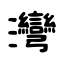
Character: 灣